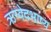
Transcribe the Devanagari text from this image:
ऋग्वेदभाष्य